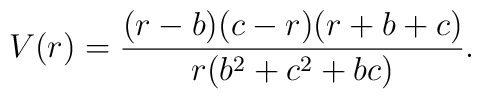
V(r) = \frac{(r-b)(c-r)(r+b+c)}{r (b^2 + c^2 + bc)}.